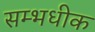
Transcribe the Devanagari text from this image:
सम्भधीक